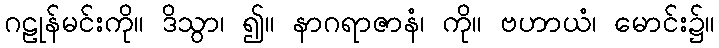
ဂဠုန်မင်းကို။ ဒိသွာ၊ ၍။ နာဂရာဇာနံ၊ ကို။ ဗဟာယံ၊ မောင်း၌။